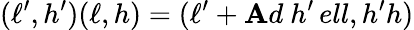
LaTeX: (\ell^{\prime},h^{\prime})(\ell,h)=(\ell^{\prime}+\mathbf{A}d\ h^{\prime}\, ell,h^{\prime}h)